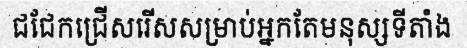
ជជែកជ្រើសរើសសម្រាប់អ្នកតែមនុស្សទីតាំង